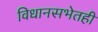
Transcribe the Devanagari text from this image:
विधानसभेतही